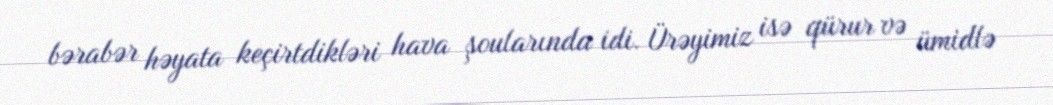
bərabər həyata keçirtdikləri hava şoularında idi. Ürəyimiz isə qürur və ümidlə